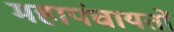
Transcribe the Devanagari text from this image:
महापंचायतों